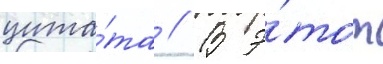
цита́та // В э́тот